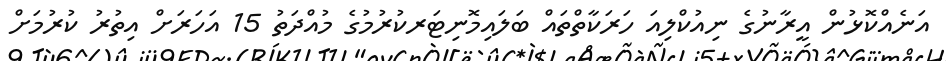
އަނެއްކޮޅުން އީރާނުގެ ނިއުކްލިއަ ހަރަކާތްތައް ބަލައިމޮނިޓަރކުރުމުގެ މުއްދަތު 15 އަހަރަށް އިތުރު ކުރުމަށް